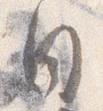
白